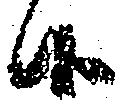
候